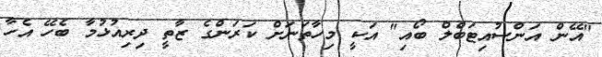
"އޭން އަންސުއިޓަބްލް ބޯއި" އަކީ މިހާތަނަށް ކަރަންގެ ޒާތީ ދިރިއުޅުމާ ބެހޭ އެހާ